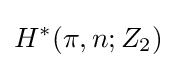
H^{*}(\pi ,n;Z_{2})